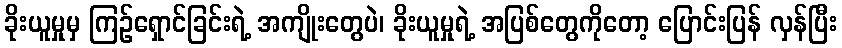
ခိုးယူမှုမှ ကြဉ်ရှောင်ခြင်းရဲ့ အကျိုးတွေပဲ၊ ခိုးယူမှုရဲ့ အပြစ်တွေကိုတော့ ပြောင်းပြန် လှန်ပြီး